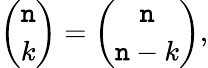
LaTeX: {\binom{\mathtt{n}}{k}}={\binom{\mathtt{n}}{\mathtt{n}-k}},